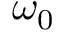
\omega _ { 0 }